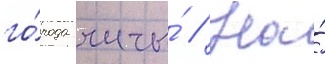
го́рода читы́ // На́